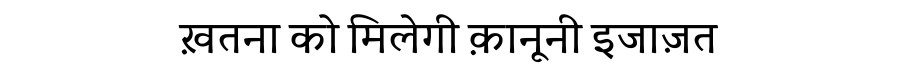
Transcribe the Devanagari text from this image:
ख़तना को मिलेगी क़ानूनी इजाज़त